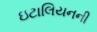
ઇટાલિયનની